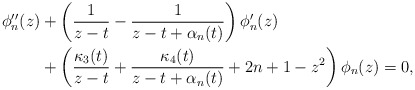
\begin{align*}\begin{aligned}\phi_{n}''(z)&+\left(\frac{1}{z-t}-\frac{1}{z-t+\alpha_n(t)}\right)\phi_{n}'(z)\\&+\left(\frac{\kappa_3(t)}{z-t}+\frac{\kappa_4(t)}{z-t+\alpha_n(t)}+2n+1-z^2\right)\phi_{n}(z)=0,\end{aligned}\end{align*}